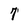
Character: 7